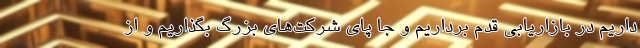
داریم در بازاریابی قدم برداریم و جا پای شرکت‌های بزرگ بگذاریم و از